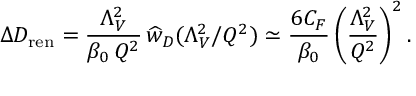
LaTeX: \Delta D _ { \mathrm { r e n } } = { \frac { \Lambda _ { V } ^ { 2 } } { \beta _ { 0 } \, Q ^ { 2 } } } \, \widehat w _ { D } ( \Lambda _ { V } ^ { 2 } / Q ^ { 2 } ) \simeq { \frac { 6 C _ { F } } { \beta _ { 0 } } } \, \bigg ( { \frac { \Lambda _ { V } ^ { 2 } } { Q ^ { 2 } } } \bigg ) ^ { 2 } \, .